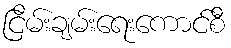
ငြိမ်းချမ်းရေးကောင်စီ